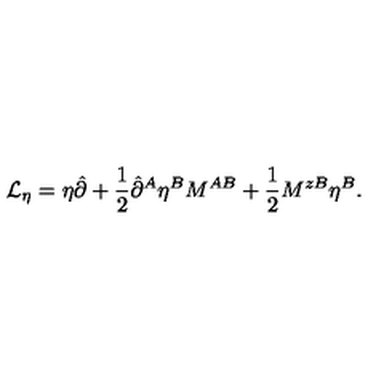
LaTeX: { \cal L } _ { \eta } = \eta \hat { \partial } + \frac { 1 } { 2 } \hat { \partial } ^ { A } \eta ^ { B } M ^ { A B } + \frac { 1 } { 2 } M ^ { z B } \eta ^ { B } .